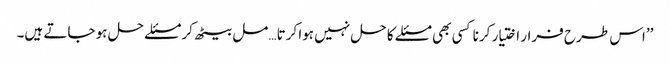
’’اس طرح فرار اختیار کرنا کسی بھی مسئلے کا حل نہیں ہوا کرتا… مل بیٹھ کر مسئلے حل ہو جاتے ہیں۔